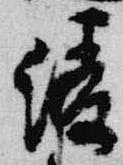
綾